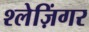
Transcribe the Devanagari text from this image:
श्लेज़िंगर